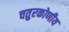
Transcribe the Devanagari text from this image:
चतुरकोणीय